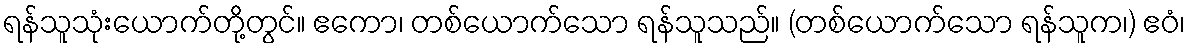
ရန်သူသုံးယောက်တို့တွင်။ ဧကော၊ တစ်ယောက်သော ရန်သူသည်။ (တစ်ယောက်သော ရန်သူက၊) ဧဝံ၊